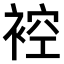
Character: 𧚬